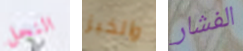
النحل والخبز الفشار